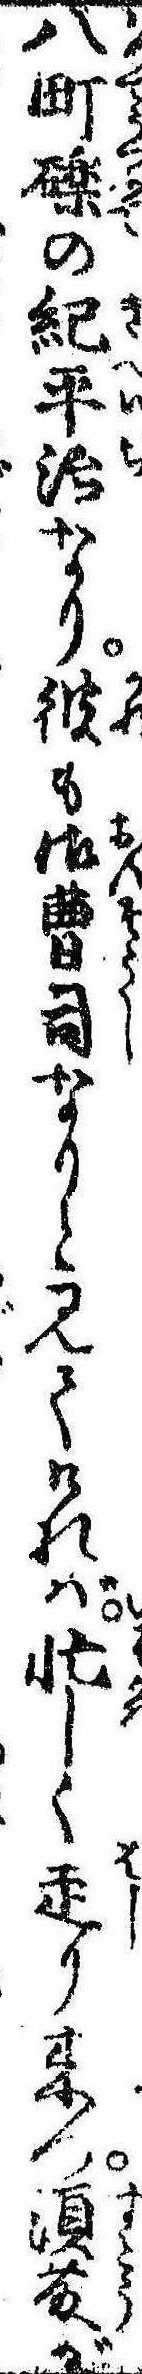
八町礫の紀平治なり彼も御曹司なりと見てければ忙しく走り来つ須藤が